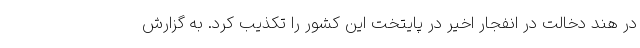
در هند دخالت در انفجار اخیر در پایتخت این کشور را تکذیب کرد. به گزارش